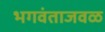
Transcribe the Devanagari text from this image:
भगवंताजवळ